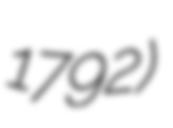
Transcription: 1792)